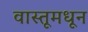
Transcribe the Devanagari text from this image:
वास्तूमधून